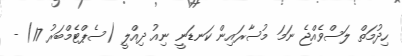
ހިދުމަތް ލަސްވެއްޖެ ނަމަ މުސާރައިން ކަނޑަނީ ނިއު ދިއްލީ (ސެޕްޓެމްބަރު 17) -